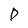
Character: D